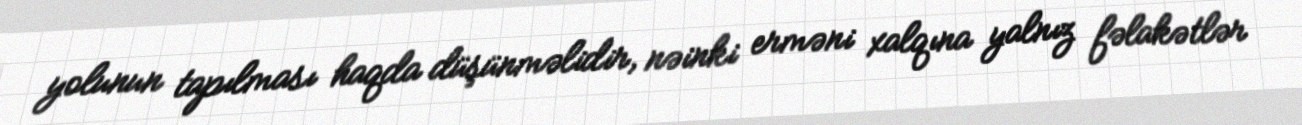
yolunun tapılması haqda düşünməlidir, nəinki erməni xalqına yalnız fəlakətlər